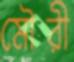
মৌরী